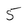
Character: 5